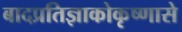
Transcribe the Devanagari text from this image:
बादप्रतिज्ञाकोकृष्णासे